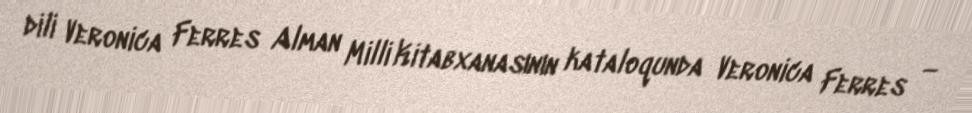
dili Veronica Ferres Alman Milli Kitabxanasının kataloqunda Veronica Ferres —